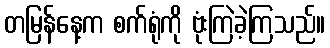
တမြန်နေ့က စက်ရုံကို ဗုံးကြဲခဲ့ကြသည်။